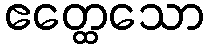
ဧတ္ထေသော